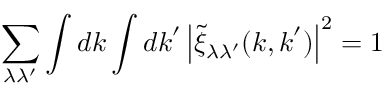
\sum _ { \lambda \lambda ^ { \prime } } \int d \boldsymbol { k } \int d \boldsymbol { k } ^ { \prime } \left| \tilde { \xi } _ { \lambda \lambda ^ { \prime } } ( \boldsymbol { k } , \boldsymbol { k } ^ { \prime } ) \right| ^ { 2 } = 1